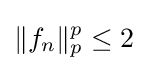
\|f_{n}\|_{p}^{p}\leq 2